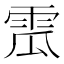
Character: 𩂡